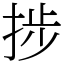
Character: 捗